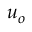
{ \boldsymbol u } _ { o }